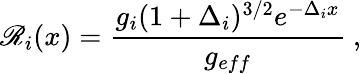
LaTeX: \mathscr{R}_{i}(x)=\frac{{g_{i}(1+\Delta_{i})^{3/2}e^{-\Delta_{i}x}}}{{g_{eff}}}~,